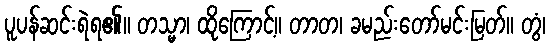
ပူပန်ဆင်းရဲရ၏။ တသ္မာ၊ ထိုကြောင့်။ တာတ၊ ခမည်းတော်မင်းမြတ်။ တွံ၊